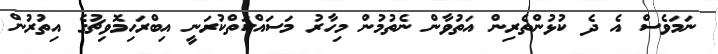
ނަމަވެސް އެ ދެ ކުޅުންތެރިން އަތުވާން ނެތުމުން މިހާރު މަސައްކަތްކުރަނީ އިބްރަހިމޮވިޗުގެ އިތުރުން